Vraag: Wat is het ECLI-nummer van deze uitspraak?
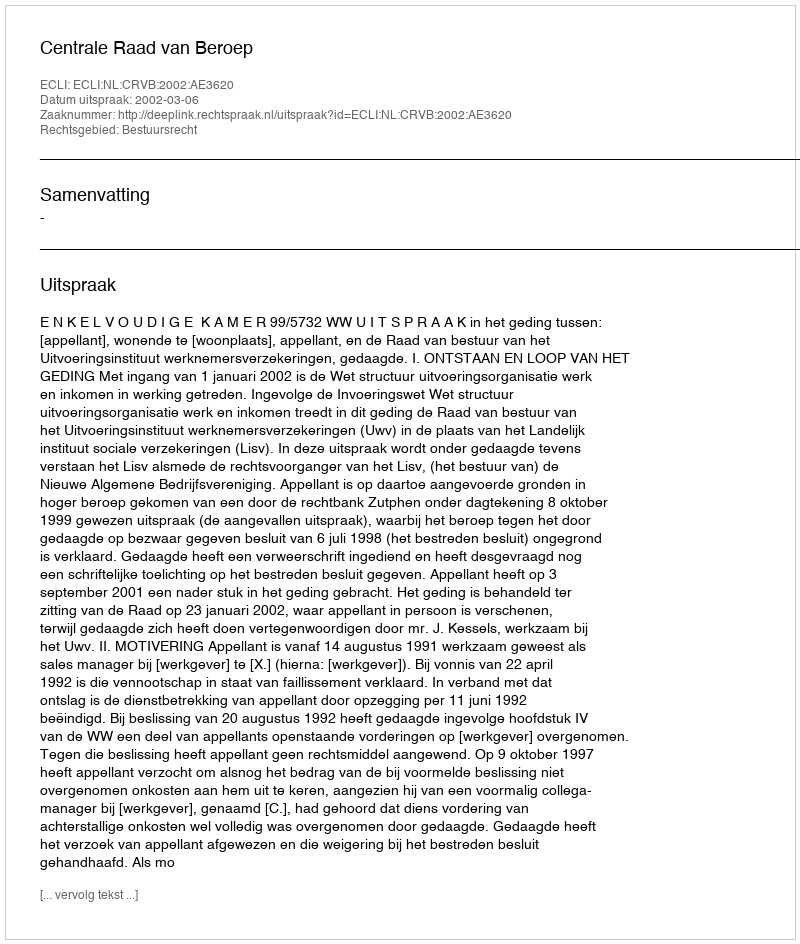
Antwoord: ECLI:NL:CRVB:2002:AE3620